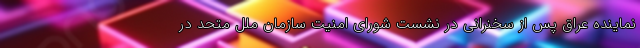
نماینده عراق پس از سخنرانی در نشست شورای امنیت سازمان ملل متحد در